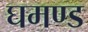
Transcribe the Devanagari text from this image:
घमण्‍ड